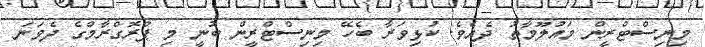
މިނިސްޓްރީން މައުލޫމާތު ދެއެވެ. ކުޅިވަރާ ބެހޭ މިނިސްޓްރީން ބުނީ މި ޕްރޮގްރާމްގެ ދެވަނަ